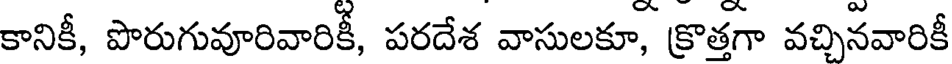
కానికీ, పొరుగువూరివారికీ, పరదేశ వాసులకూ, క్రొత్తగా వచ్చినవారికీ